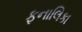
ફનાલિકા